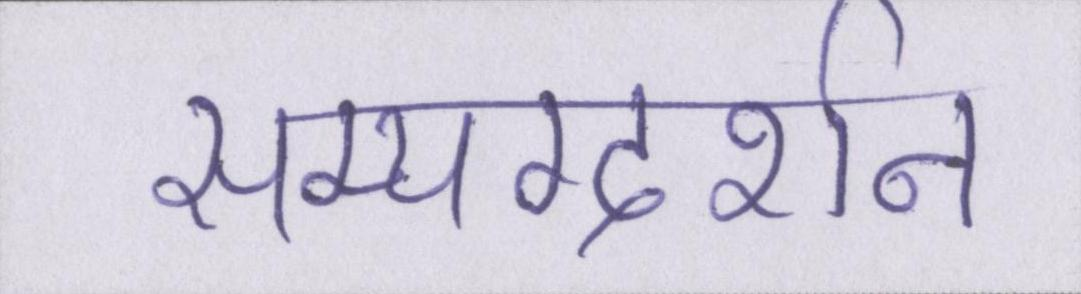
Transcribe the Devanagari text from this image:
सम्यग्दर्शन